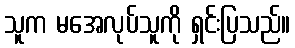
သူက မအေလုပ်သူကို ရှင်းပြသည်။